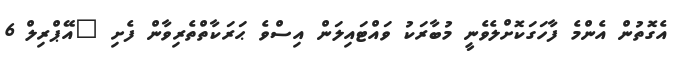
އެގޮތުން އެންމެ ފާހަގަކޮށްލެވެނީ މުބާރަކު ވައްޓައިލަން އިސްވެ ޙަރަކާތްތެރިވާން ފެށި "އޭޕްރިލް 6